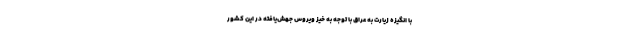
با انگیزه زیارت به عراق با توجه به خیز ویروس جهش‌یافته در این کشور